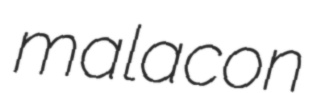
malacon